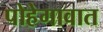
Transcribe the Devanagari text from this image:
पोहेगावात